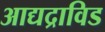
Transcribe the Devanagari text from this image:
आद्यद्राविड